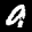
Label: 9